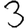
Digit: 3